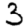
Digit: 3